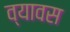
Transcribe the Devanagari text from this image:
व्यावस